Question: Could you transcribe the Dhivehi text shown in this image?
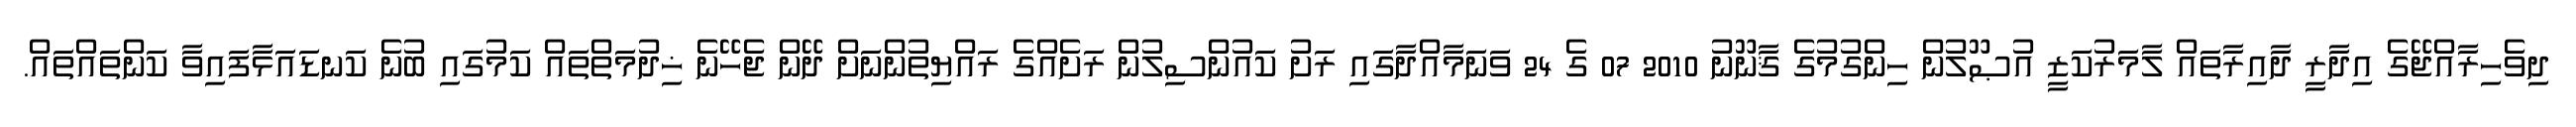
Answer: ދިވެހިރާއްޖޭގެ އިދާރީ ދާއިރާތައް ލާމަރުކަޒީ އުޞޫލުން ހިންގުމުގެ ޤާނޫނު 2010 07 ގެ 24 ވަނަމާއްދާގައި ރަށު ކައުންސިލުން ރަށެއްގެ ރައްޔިތުންނަށް ދޭން ޖެހޭނެ ޚިދުމަތްތައް ކަމުގައި ބުނެ ކަނޑައަޅާފައިވާ ކަންތައްތައް.